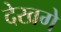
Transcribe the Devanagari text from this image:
देखगे